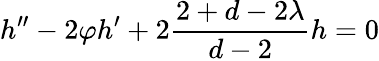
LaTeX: h^{\prime\prime}-2\varphi h^{\prime}+2\frac{2+d-2\lambda}{d-2}h=0